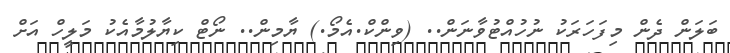
ބަލަން ދެން މިފަހަރަކު ނުހުއްޓުވާނަން.. (ވިންކް.އެމޯ.) ޔާމިން.. ނޯޓް ކިޔާލުމާއެކު މަލީހް އަށް